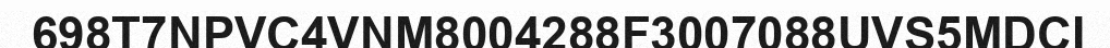
698T7NPVC4VNM8004288F3007088UVS5MDCI